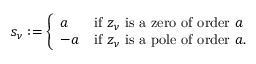
s _ { \nu } : = { \left\{ \begin{array} { l l } { a } & { { \mathrm { i f ~ } } z _ { \nu } { \mathrm { ~ i s ~ a ~ z e r o ~ o f ~ o r d e r ~ } } a } \\ { - a } & { { \mathrm { i f ~ } } z _ { \nu } { \mathrm { ~ i s ~ a ~ p o l e ~ o f ~ o r d e r ~ } } a . } \end{array} \right. }